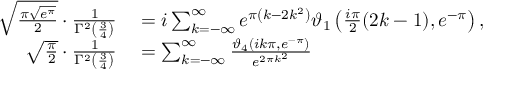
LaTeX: \begin{array} { r l } { { \sqrt { \frac { \pi { \sqrt { e ^ { \pi } } } } { 2 } } } \cdot { \frac { 1 } { \Gamma ^ { 2 } \left( { \frac { 3 } { 4 } } \right) } } } & { { } = i \sum _ { k = - \infty } ^ { \infty } e ^ { \pi \left( k - 2 k ^ { 2 } \right) } \vartheta _ { 1 } \left( { \frac { i \pi } { 2 } } ( 2 k - 1 ) , e ^ { - \pi } \right) , } \\ { { \sqrt { \frac { \pi } { 2 } } } \cdot { \frac { 1 } { \Gamma ^ { 2 } \left( { \frac { 3 } { 4 } } \right) } } } & { { } = \sum _ { k = - \infty } ^ { \infty } { \frac { \vartheta _ { 4 } \left( i k \pi , e ^ { - \pi } \right) } { e ^ { 2 \pi k ^ { 2 } } } } } \end{array}